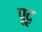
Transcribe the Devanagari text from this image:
पूदृ